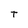
Character: T